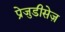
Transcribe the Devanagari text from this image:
प्रेजुडीसेज़